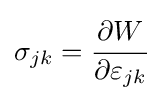
\sigma _{jk}={\cfrac {\partial W}{\partial \varepsilon _{jk}}}